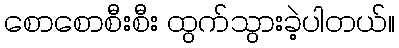
စောစောစီးစီး ထွက်သွားခဲ့ပါတယ်။